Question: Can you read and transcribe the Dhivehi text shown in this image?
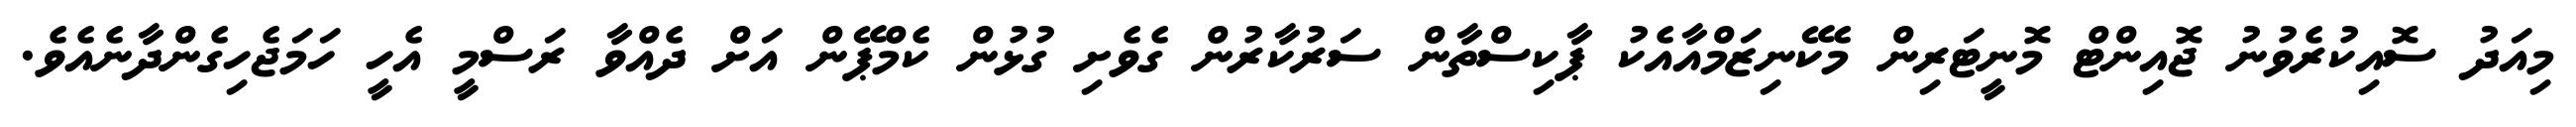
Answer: މިއަދު ސޮއިކުރެވުނު ޖޮއިންޓް މޮނީޓަރިން މެކޭނިޒަމްއާއެކު ޕާކިސްތާން ސަރުކާރުން ގެވެށި ގުޅުން ކެމްޕޭން އަށް ދެއްވާ ރަސްމީ އެހީ ހަމަޖެހިގެންދާނެއެވެ.